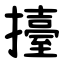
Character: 擡